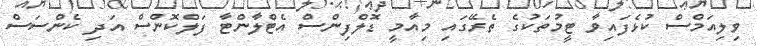
ވިލިއަމްސް ކުޅެފައިވާ ޓީމުތަކުގެ ތެރޭގައި މިއާމީ ޑޮލްފިންސް އެޓްލާންޓާ ފަލްކޮންސް އަދި ކެންސަސް